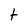
Character: t